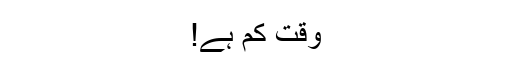
وقت کم ہے!